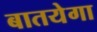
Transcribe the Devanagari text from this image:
बातयेगा